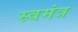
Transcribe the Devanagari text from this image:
स्वमंत्र